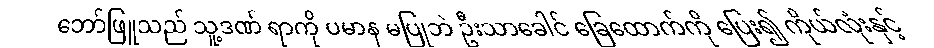
ဘော်ဖြူသည် သူ့ဒဏ် ရာကို ပမာန မပြုဘဲ ဦးသာခေါင် ခြေထောက်ကို ပြေး၍ ကိုယ်လုံးနှင့်